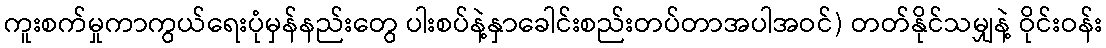
ကူးစက်မှုကာကွယ်ရေးပုံမှန်နည်းတွေ ပါးစပ်နဲ့နှာခေါင်းစည်းတပ်တာအပါအဝင်) တတ်နိုင်သမျှနဲ့ ဝိုင်းဝန်း